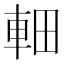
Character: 䡒